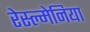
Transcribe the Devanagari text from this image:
रेस्ल्मेनिया